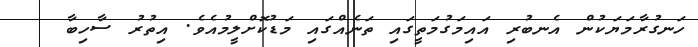
ހަނގުރާމަޔަކުން އެނބުރި އައިމަގުމަތީގައި ތަނެއްގައި މަޑުކޮށްލީމުއެވެ. އިތުރު ސާހިބާ